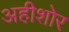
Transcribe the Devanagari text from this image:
अहीशोर